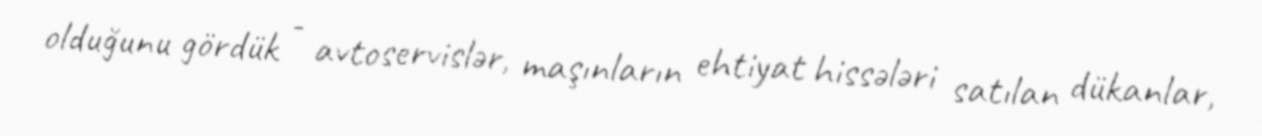
olduğunu gördük - avtoservislər, maşınların ehtiyat hissələri satılan dükanlar,